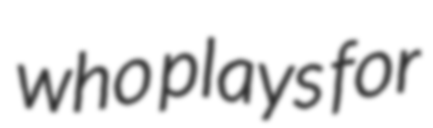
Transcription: who plays for